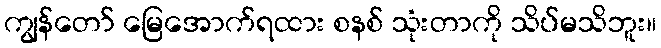
ကျွန်တော် မြေအောက်ရထား စနစ် သုံးတာကို သိပ်မသိဘူး။